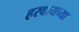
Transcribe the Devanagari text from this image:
हरवायच्या